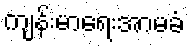
ကျန်းမာရေးအာမခံ